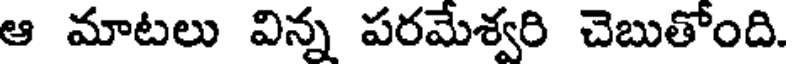
ఆ మాటలు విన్న పరమేశ్వరి చెబుతోంది.